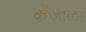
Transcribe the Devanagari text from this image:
केंजाळा